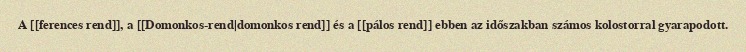
A [[ferences rend]], a [[Domonkos-rend|domonkos rend]] és a [[pálos rend]] ebben az időszakban számos kolostorral gyarapodott.